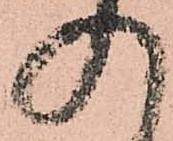
入